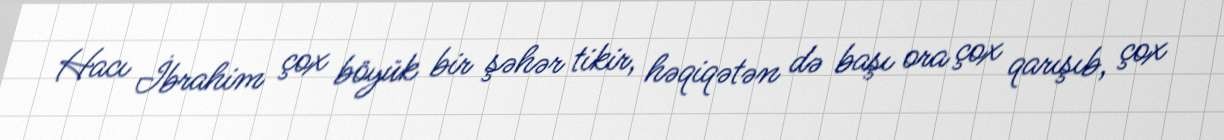
Hacı İbrahim çox böyük bir şəhər tikir, həqiqətən də başı ora çox qarışıb, çox